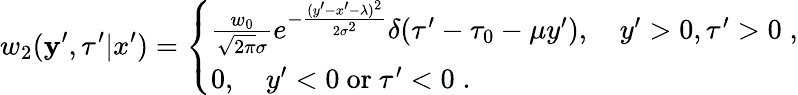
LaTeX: w_{2}(\mathbf{y}^{\prime},\tau^{\prime}|x^{\prime})=\left\{ \begin{array}{l}{{\frac{w_{0}}{\sqrt{2\pi}\sigma}}e^{-{\frac{(y^{\prime}-x^{\prime}-\lambda)^{2}}{2\sigma^{2}}}}\delta(\tau^{\prime}-\tau_{0}-\mu y^{\prime}),\quad y^{\prime}>0,\tau^{\prime}>0\; ,}\\ {0,\quad y^{\prime}<0\mathrm{~or~}\tau^{\prime}<0\; .}\end{array}\right.